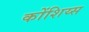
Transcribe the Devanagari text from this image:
कोंशिय्स